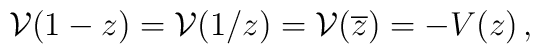
{\cal V}(1-z)={\cal V}(1/z)={\cal V}(\overline{z})=-V(z)\,,